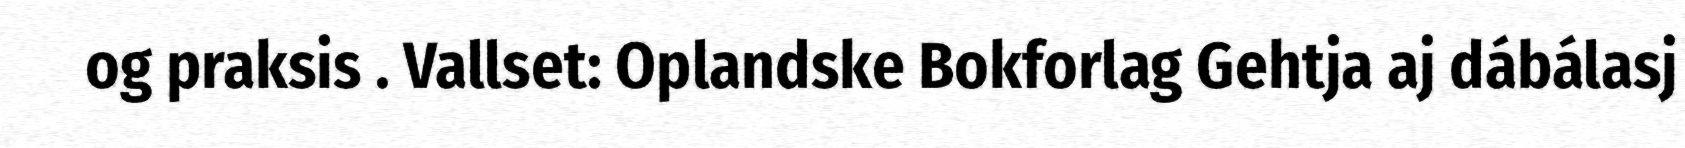
og praksis . Vallset: Oplandske Bokforlag Gehtja aj dábálasj